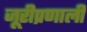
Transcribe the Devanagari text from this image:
जूरीप्रणाली